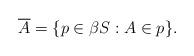
LaTeX: \begin{align*}\overline{A}=\{p\in\beta S:A\in p\}.\end{align*}